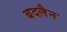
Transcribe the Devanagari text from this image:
बदलैन